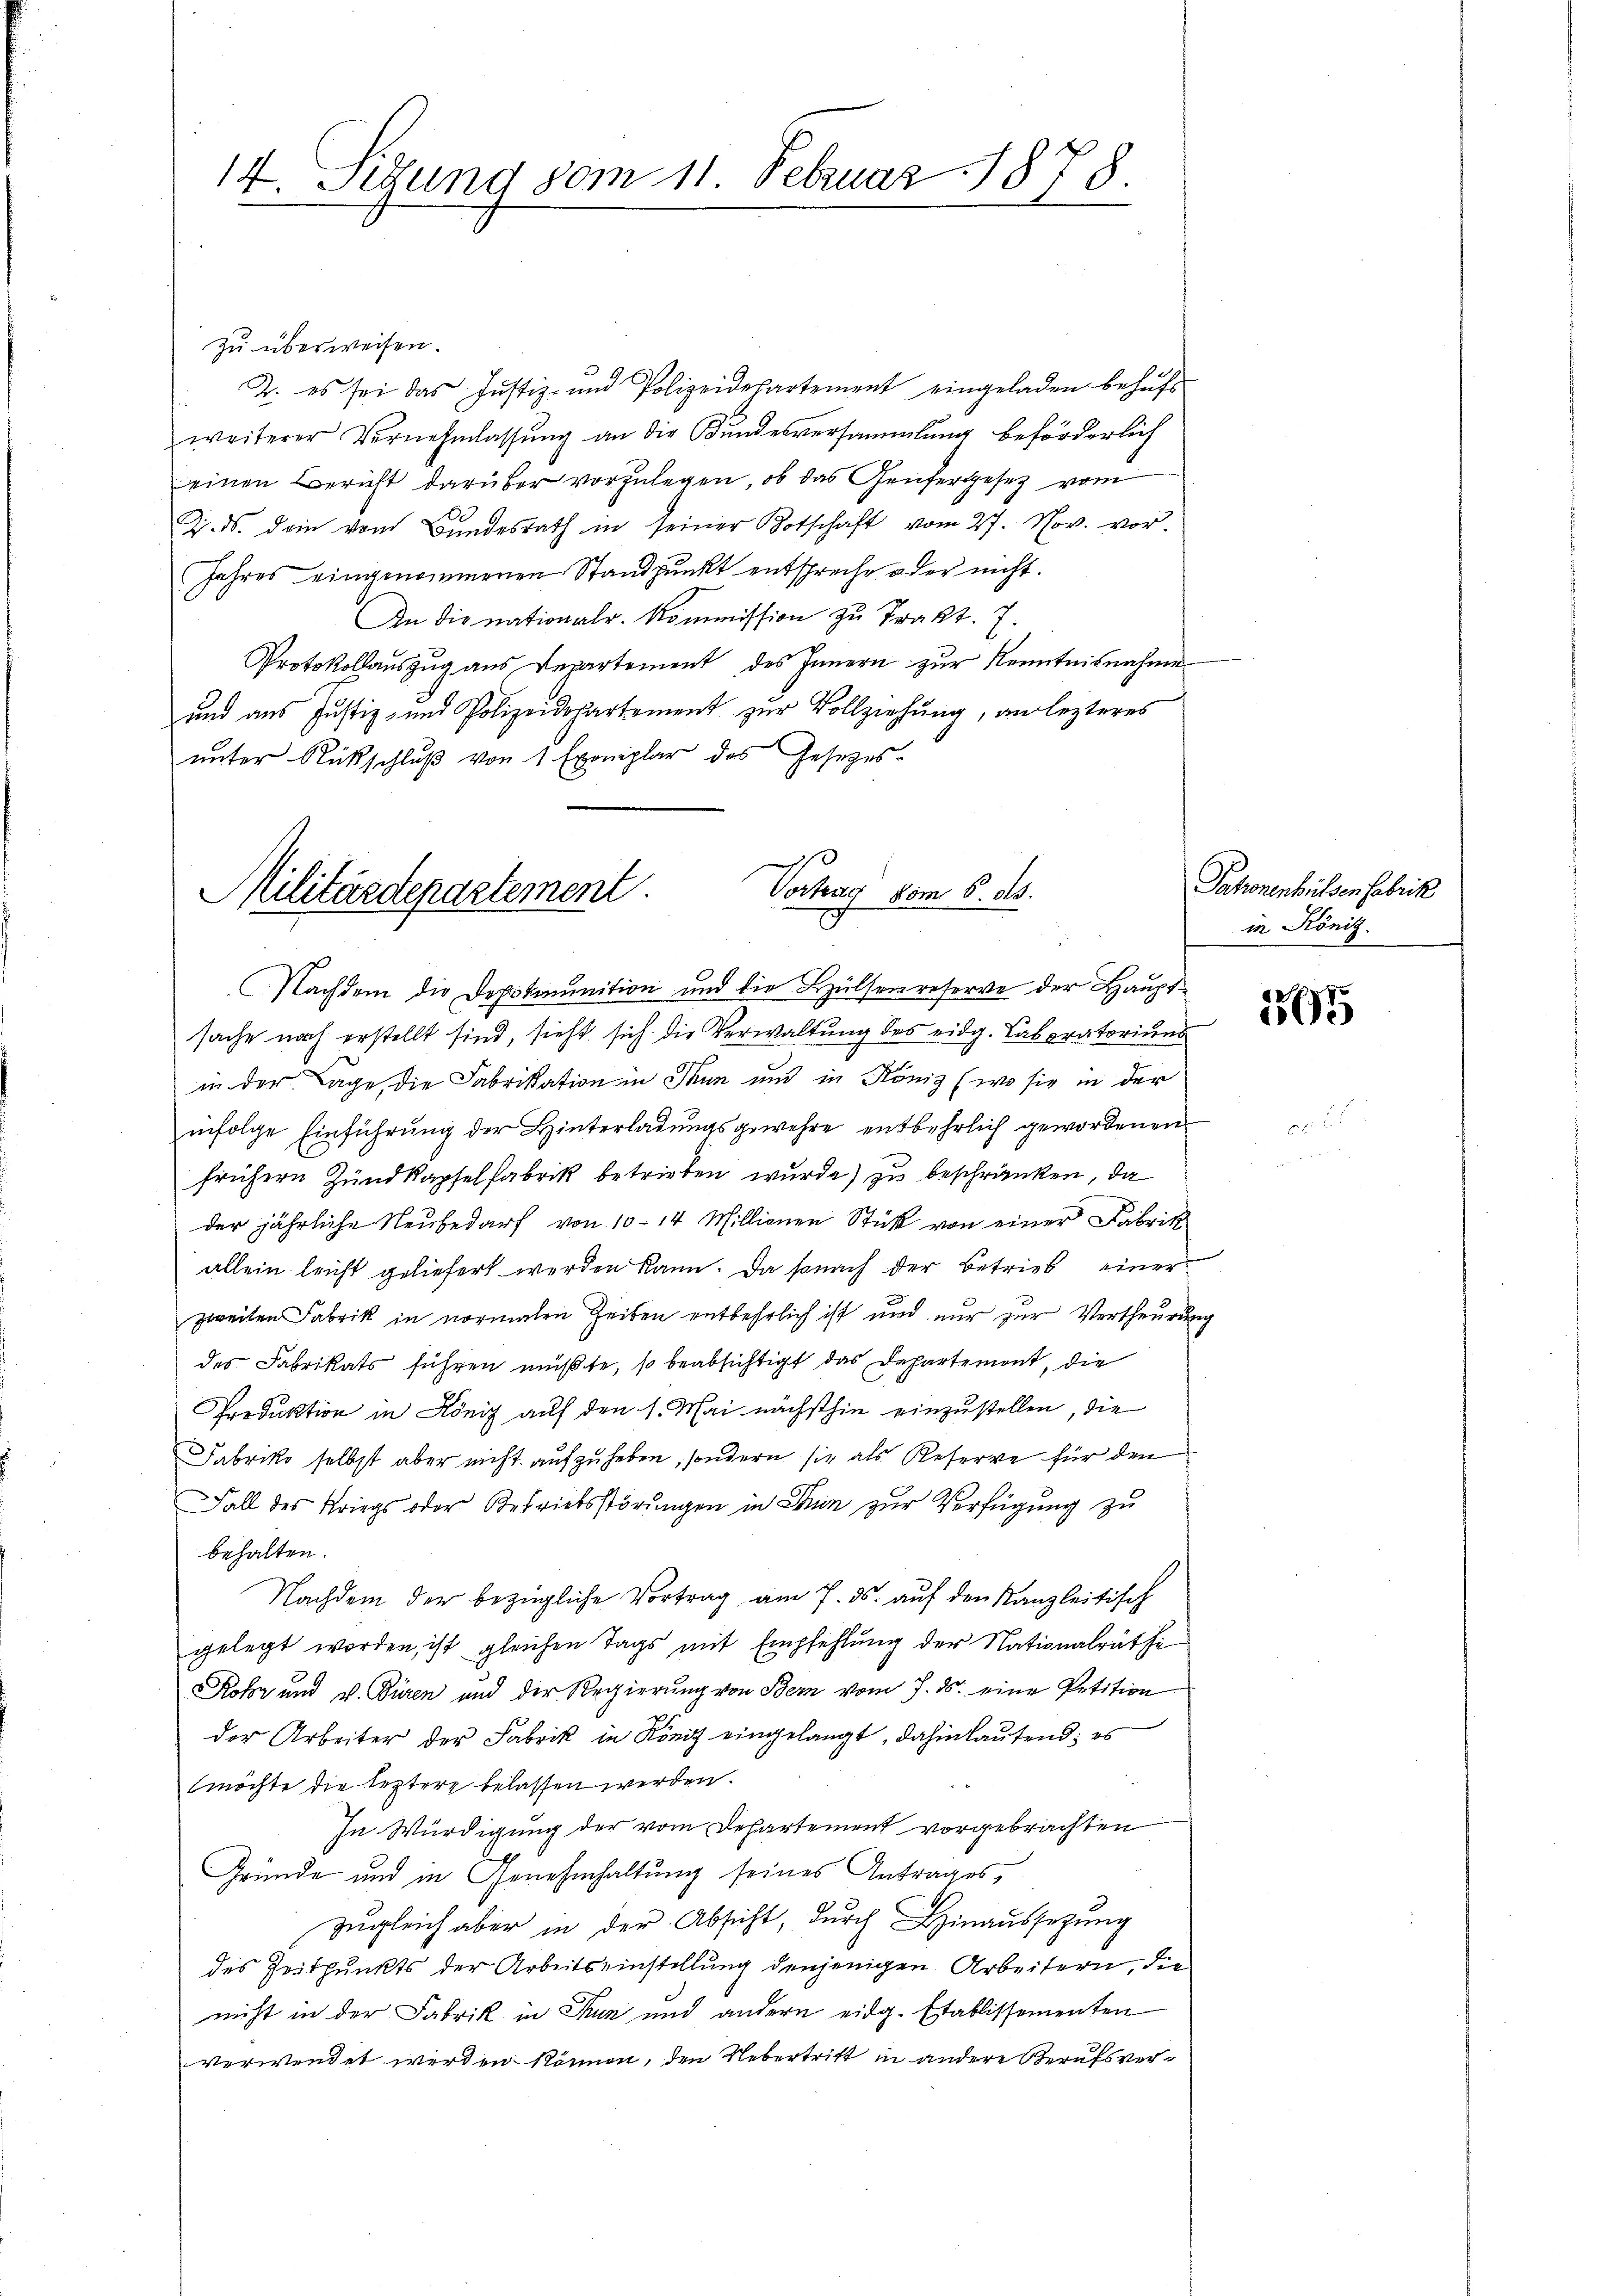
14. Setzung vom 11. Februar 1878

zu überweisen.
2. es sei das Justiz- und Polizeidepartement eingeladen behŭfs
weiterer Vernehmlassŭng an die Kundesversammlung beförderlich
einen Bericht darüber vorzulegen, ob das Genfergesetz vom
Z. ds. dein vom Bundesrath in seiner Botschaft vom 27. Nov. vor.
Jahres eingenommenen Standpunkt entspreche oder nicht.
An die nationalr. Kommission zu Prakt. 7.
Protokollauszug aus Departement des Innern zur Kenntnisnahme
und aus Justiz- und Polizeidepartement zur Vollziehung, an lezteres
unter Rückschlŭβ von 1 Exemplar das Gesetzes-

Vortrag vom 6. ds.
Militärdepartement

Nachdem die Depotimunition und die Hülsen reserve der Hauptsache nach erstellt sind, sieht sich die Verwaltung des eidg. Laboratorium
in der Lage, die Fabrikation in Thun und in König (wo sie in der
infolge Einführung der Hinterladungsgewehre entbehrlich gewordenen
frühern Zundkapselfabrik betrieben wurde) zu beschränken, da
der jährliche Neubedarf von 10-14 Millionen Stück von einer Fabrik
allein leicht geliefert werden kann. Da sonach der Betrieb einer
zweiten Fabrik in normalen Zeiten entbehrlich ist und nur zur Vertheurung
des Fabrikats führen müßte, so beabsichtigt das Departement, die
Predaktion in Köniz auf den 1. Mai nächsthin einzustellen, die
Fabriko selbst aber nicht aufzuheben, sondern sie als Reserve für den
Fall des Kriegs oder Betriebsstörungen in Thun zur Verfügung zu
behalten.
Nachdem der bezügliche Vortrag am 7. ds. auf den Kanzleitisch
gelegt worden, ist gleichen Tags mit Empfehlung der Nationalräthe
Rohr und v. Büren und der Regierŭng von Bern vom 7. ds. eine Petition
der Arbeiter der Fabrik in König eingelangt, dahin lautend; es
möchte die leztere belassen werden.
In Würdigung der vom Departement vorgebrachten
Gründe und in Genehmhaltung seines Antrages,
Zugleich aber in der Absicht, durch Hinaussetzung
des Zeitpunkts der Arbeitseinstellung denjenigen Arbeitern, die
nicht in der Fabrik in Thun und andern eidg. Etablissementen
verwendet werden können, den Uebertritt in andere Berufsver¬

Patronenheilsen Fabrik
in König.

1765